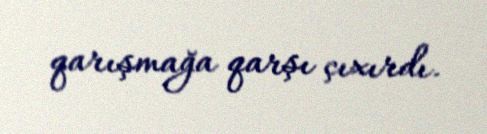
qarışmağa qarşı çıxırdı.